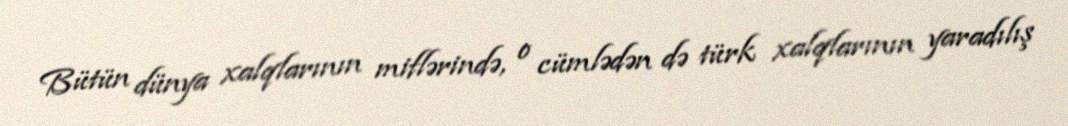
Bütün dünya xalqlarının miflərində, o cümlədən də türk xalqlarının yaradılış